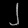
Digit: ၂